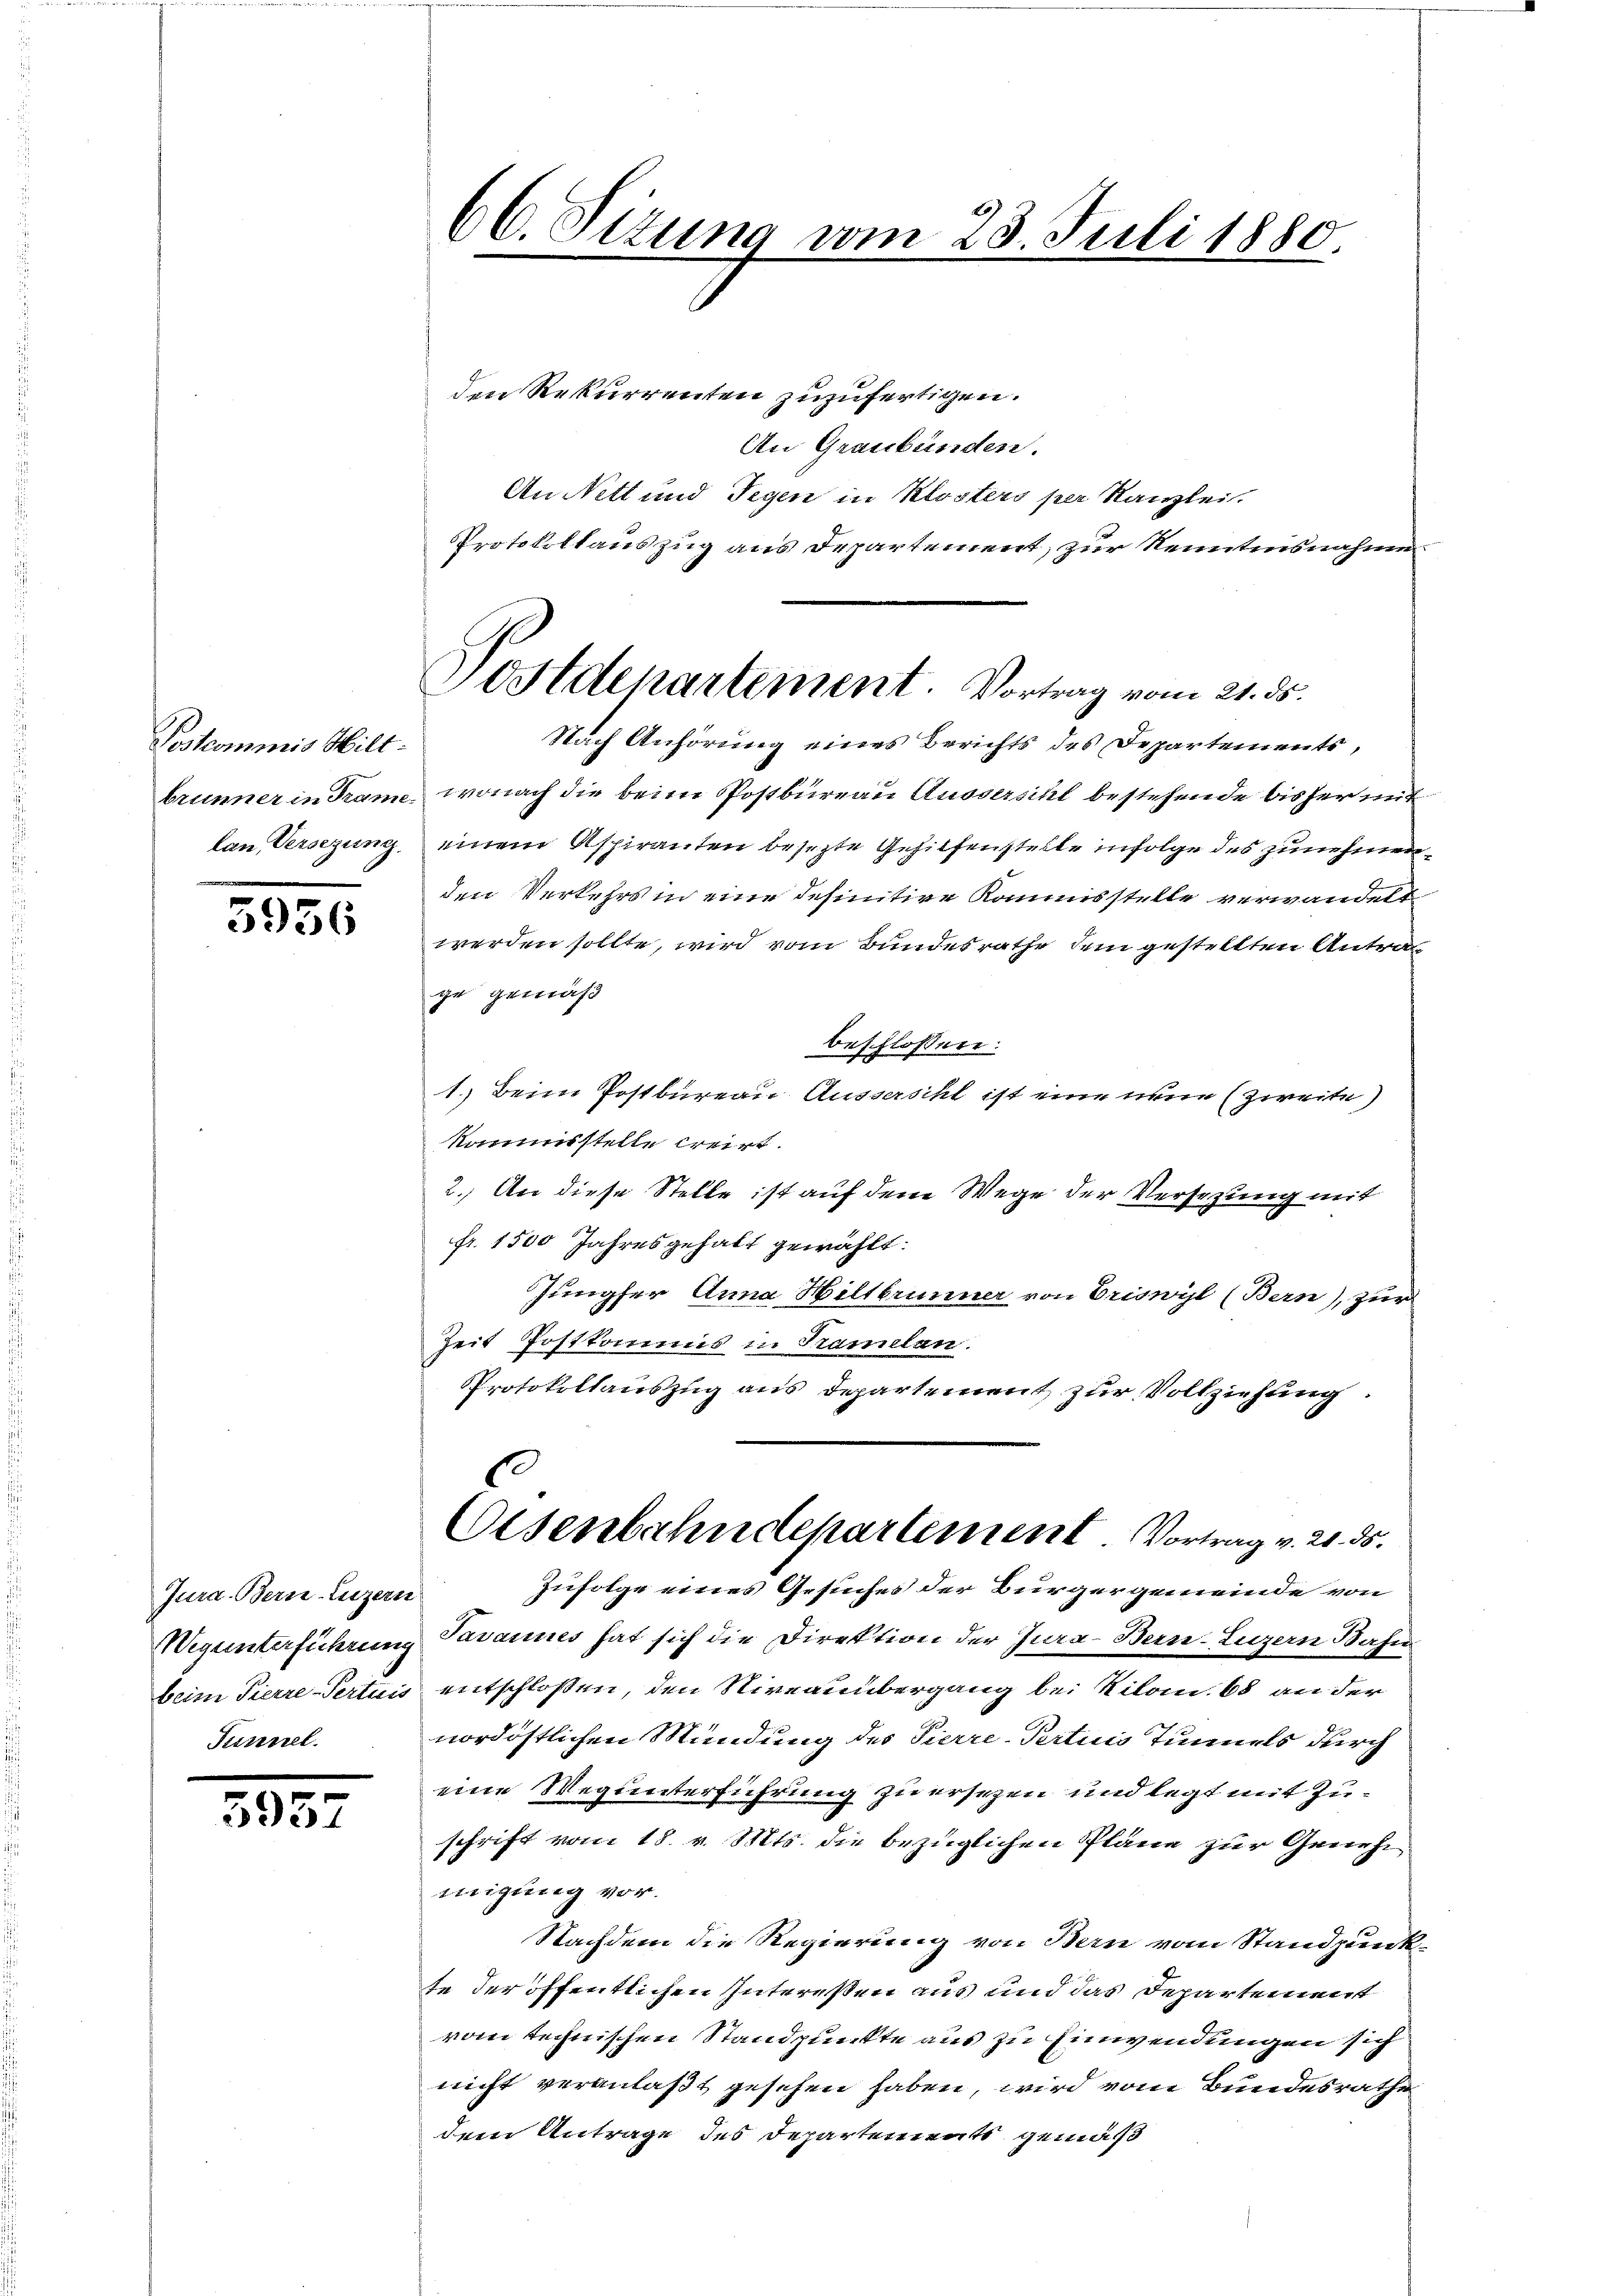
Postcommis Hilt:
lan Versezung.

5956

Jura. Bern, Luzern
beim Pierre-Pertuis
Turinel

5957

66. Situng vom 23. Juli 1880.

Protokollauszug aus Departement, zur Kenntnisnahmen
Postdepartement. Vortrag vom 21. ds.
Nach Anhörung eines Berichts des Departements,

den Rekurrenten zuzufertigen.
An Graubünden.
An Nett und Gegen in Klosters par Kanzlei.
brunner in Frane, wonach die beim Postbureau Aussersihl bestehende bisher mit
einem Aspiranten besezte Gehilfenstelle infolge des zunehmen
den Verkehrs in eine definitive Kommisstelle verwandelt
werden sollte, wird vom Bundesrathe dem gestellten Antrag
ge gemäß
beschlossen:
1.) Beim Postbureau Aussersihl ist eine neue (zweite)
kammestelle creirt.
2. An diese Stelle ist auf dem Wege der Versezung mit
fr. 1500 Jahresgehalt gewählt:
Jungfer Anna Hiltbrunner von Eriswyl (Bern), zur
Zeit Postkommis in Tramelan
Protokollauszug aus Departement zur Vollziehung.
Eisenbahndepartement. Vortrag v. 21. ds.
Zufolge eines Gesuches der Bürgergemeinde von
Wegunterführung Tavannes hat sich die Direktion der Jura - Bern-Luzern Base
entschlossen, den Niveauübergang bei Kilom. 68 an der
nordöstlichen Mündung des Tierre-Pertinis Tunnels durch
eine Weg unterführung zu ersezen und legt mit Zuschrift vom 18. v. Mts. die bezüglichen Pläne zur Genehm
inigung vor.
Nachdem die Regierung von Bern vom Standpunkte der öffentlichen Interessen aus und das Departement
vom technischen Standpunkte aus zu Einwendungen sich
nicht veranlaßt gesehen haben, wird vom Bundesrathe
dem Antrage des Departements gemäß